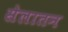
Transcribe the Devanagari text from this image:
सेलातन